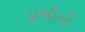
ડાભીની